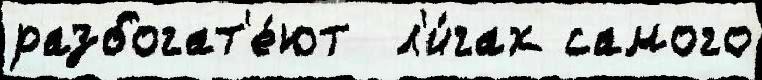
разбогат'е́ют  л'и́гах самого